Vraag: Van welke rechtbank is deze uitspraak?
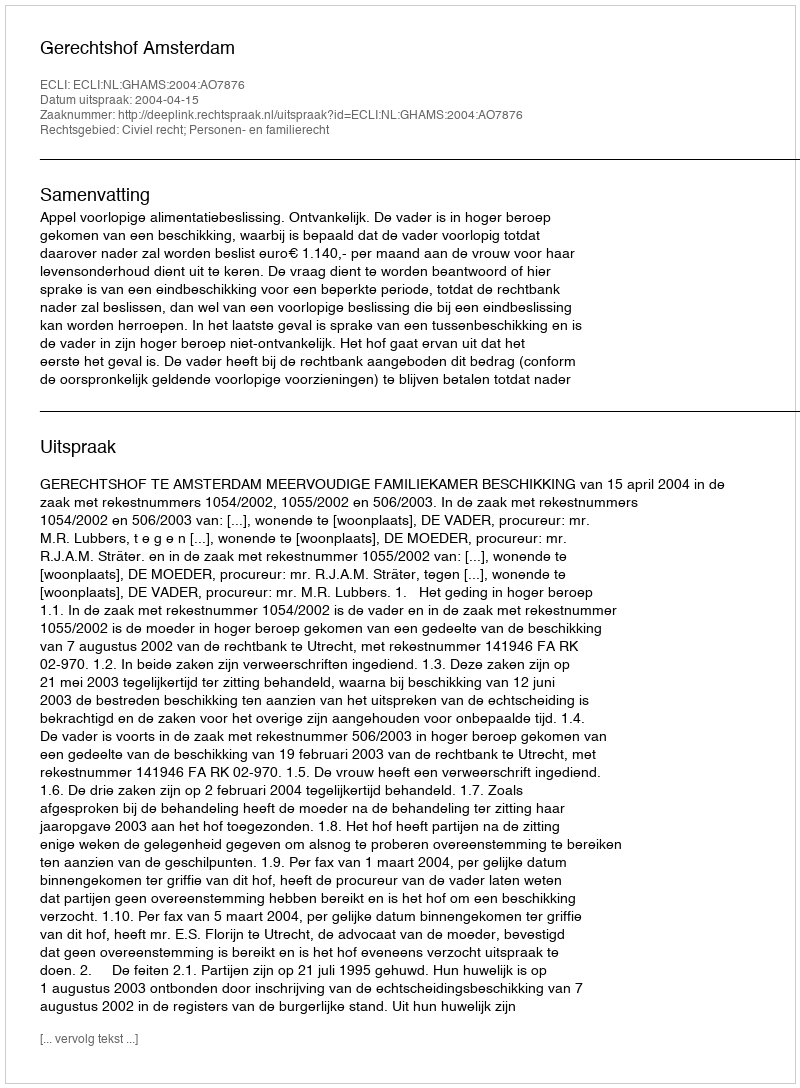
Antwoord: Gerechtshof Amsterdam